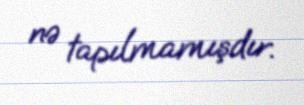
nə tapılmamışdır.